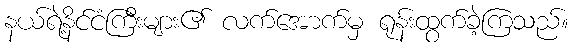
နယ်ရဲ့နိင်ငံကြီးများ၏ လက်အောက်မှ ရုန်းထွက်ခဲ့ကြသည်။